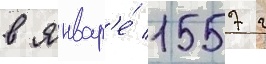
в январ'е́ 1557 г